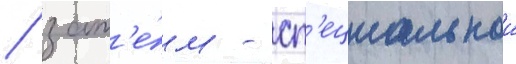
/ зат'е́м - сп'ециальнои